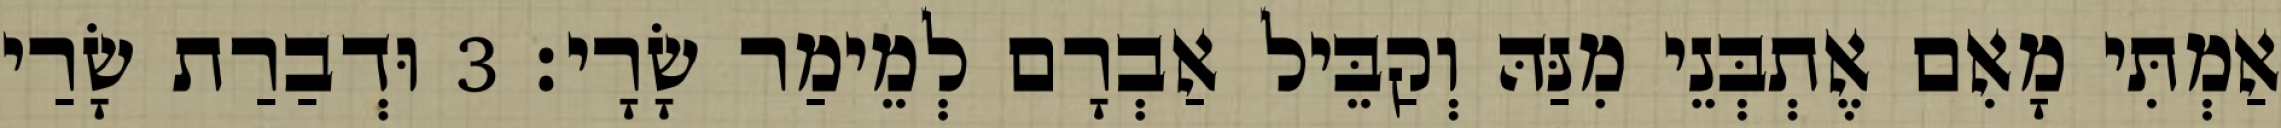
אַמְתִּי מָאִם אֶתְבְּנֵי מִנַּהּ וְקַבֵּיל אַבְרָם לְמֵימַר שָׂרָי׃ 3 וּדְבַרַת שָׂרַי